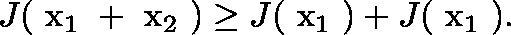
J ( \mathrm { \boldmath ~ x _ { 1 } ~ } + \mathrm { \boldmath ~ x _ { 2 } ~ } ) \ge J ( \mathrm { \boldmath ~ x _ { 1 } ~ } ) + J ( \mathrm { \boldmath ~ x _ { 1 } ~ } ) .